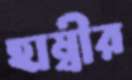
হাম্বীর